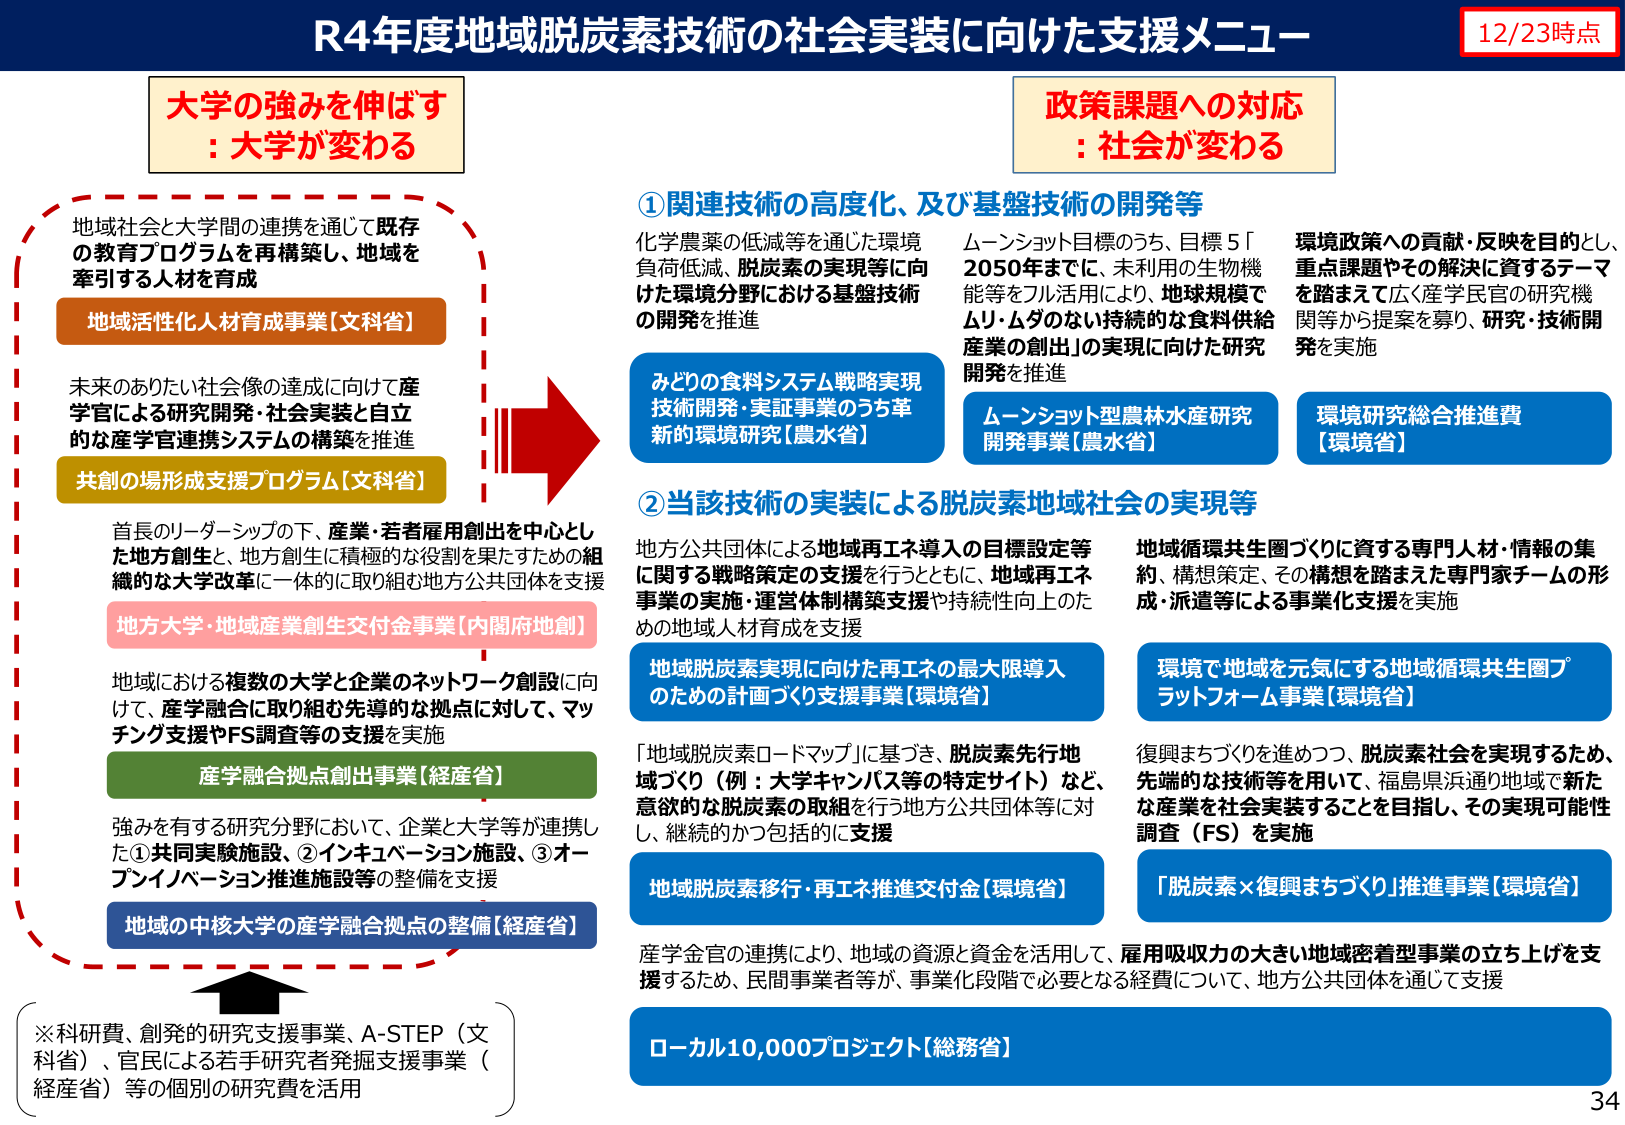
R4年度地域脱炭素技術の社会実装に向けた支援メニュー
12/23時点

大学の強みを伸ばす
: 大学が変わる

地域社会と大学間の連携を通じて既存
の教育プログラムを再構築し、地域を
牽引する人材を育成
地域活性化人材育成事業【文科省】

未来のありたい社会像の達成に向けて産
学官による研究開発・社会実装と自立
的な産学官連携システムの構築を推進
共創の場形成支援プログラム【文科省】

首長のリーダーシップの下、産業・若者雇用創出を中心とし
た地方創生と、地方創生に積極的な役割を果たすための組
織的な大学改革に一体的に取り組む地方公共団体を支援
地方大学・地域産業創生交付金事業【内閣府地創】

地域における複数の大学と企業のネットワーク創設に向
けて、産学融合に取り組む先導的な拠点に対して、マッ
チング支援やFS調査等の支援を実施
産学融合拠点創出事業【経産省】

強みを有する研究分野において、企業と大学等が連携し
た①共同実施施設、②インキュベーション施設、③オー
プンイノベーション推進施設等の整備を支援
地域の中核大学の産学融合拠点の整備【経産省】

※科研費、創発的研究支援事業、A-STEP（文科省）、官民による若手研究者発掘支援事業（経産省）等の個別の研究費を活用

政策課題への対応
: 社会が変わる

①関連技術の高度化、及び基盤技術の開発等

化学農薬の低減等を通じた環境
負荷低減、脱炭素の実現等に向
けた環境分野における基盤技術
の開発を推進

みどりの食料システム戦略実現
技術開発・実証事業のうち革
新的環境研究【農水省】

ムーンショット目標のうち、目標5「
2050年までに、未利用の生物機
能等をフル活用により、地球規模で
ムリ・ムダのない持続的な食料供給
産業の創出」の実現に向けた研究
開発を推進

ムーンショット型農林水産研究
開発事業【農水省】

環境政策への貢献・反映を目的とし、
重点課題やその解決に資するテーマ
を踏まえて広く産学民官の研究機
関等から提案を募り、研究・技術開
発を実施

環境研究総合推進費
【環境省】

②当該技術の実装による脱炭素地域社会の実現等

地方公共団体による地域再エネ導入の目標設定等
に関する戦略策定の支援を行うとともに、地域再エネ
事業の実施・運営体制構築支援や持続性向上のた
めの地域人材育成を支援

地域脱炭素実現に向けた再エネの最大限導入
のための計画づくり支援事業【環境省】

「地域脱炭素ロードマップ」に基づき、脱炭素先行地
域づくり（例：大学キャンパス等の特定サイト）など、
意欲的な脱炭素の取組を行う地方公共団体等に対
し、継続的かつ包括的に支援

地域脱炭素移行・再エネ推進交付金【環境省】

地域循環共生圏づくりに資する専門人材・情報の集
約、構想策定、その構想を踏まえた専門家チームの形
成・派遣等による事業化支援を実施

環境で地域を元気にする地域循環共生圏プラットフォーム事業【環境省】

復興まちづくりを進めつつ、脱炭素社会を実現するため、
先端的な技術等を用いて、福島県浜通り地域で新た
な産業を社会実装することを目指し、その実現可能性
調査（FS）を実施

「脱炭素×復興まちづくり」推進事業【環境省】

産学金官の連携により、地域の資源と資金を活用して、雇用吸収力の大きい地域密着型事業の立ち上げを支
援するため、民間事業者等が、事業化段階で必要となる経費について、地方公共団体を通じて支援

ローカル10,000プロジェクト【総務省】

34